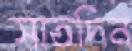
সাতদিন